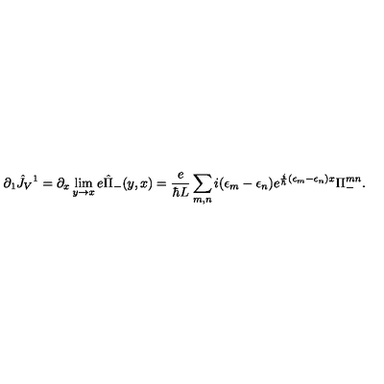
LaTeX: \partial _ { 1 } \hat { J } _ { V } { } ^ { 1 } = \partial _ { x } \lim _ { y \rightarrow x } e \hat { \Pi } _ { - } ( y , x ) = { \frac { e } { \hbar L } } \sum _ { m , n } i ( \epsilon _ { m } - \epsilon _ { n } ) e ^ { { \frac { i } { \hbar } } ( \epsilon _ { m } - \epsilon _ { n } ) x } \Pi _ { - } ^ { m n } .